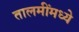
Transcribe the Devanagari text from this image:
तालमींमध्ये